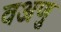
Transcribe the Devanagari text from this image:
वअणु